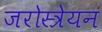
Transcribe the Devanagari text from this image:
जरोस्त्रेयन